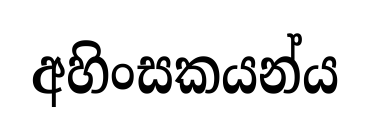
අහිංසකයන්ය